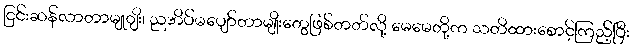
ငြင်းဆန်လာတာမျုျိး၊ ညအိပ်မပျော်တာမျိုးတွေဖြစ်တတ်လို့ မေမေတို့က သတိထားစောင့်ကြည့်ပြီး